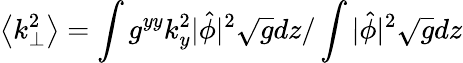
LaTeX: \left<k_{\perp}^{2}\right>=\int g^{yy}k_{y}^{2}|\hat{\phi}|^{2}\sqrt{g}dz/\int|\hat{\phi}|^{2}\sqrt{g}dz